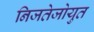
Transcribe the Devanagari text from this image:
निजतेजोयुत